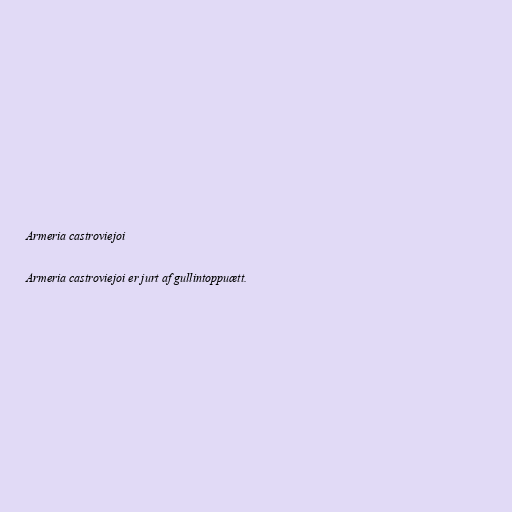
Armeria castroviejoi

Armeria castroviejoi er jurt af gullintoppuætt.